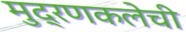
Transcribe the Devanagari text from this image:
मुद्रणकलेची